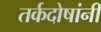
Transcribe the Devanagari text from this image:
तर्कदोषांनी